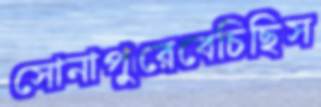
সোনাপুরেবেচিছিস